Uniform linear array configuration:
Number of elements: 24
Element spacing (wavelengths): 0.25
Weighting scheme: kaiser
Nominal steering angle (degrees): -45
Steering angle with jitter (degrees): -44.806
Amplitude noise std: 0.05
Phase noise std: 0.05

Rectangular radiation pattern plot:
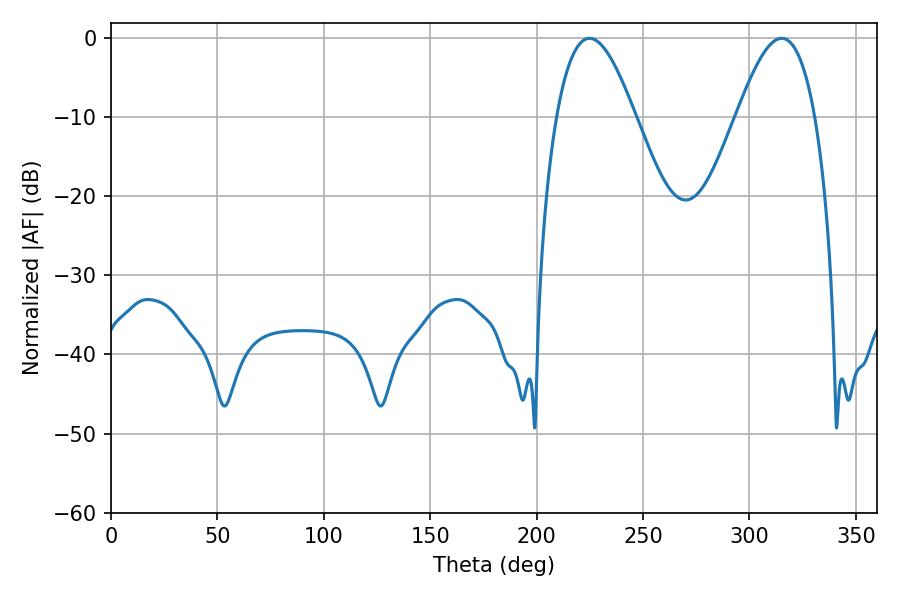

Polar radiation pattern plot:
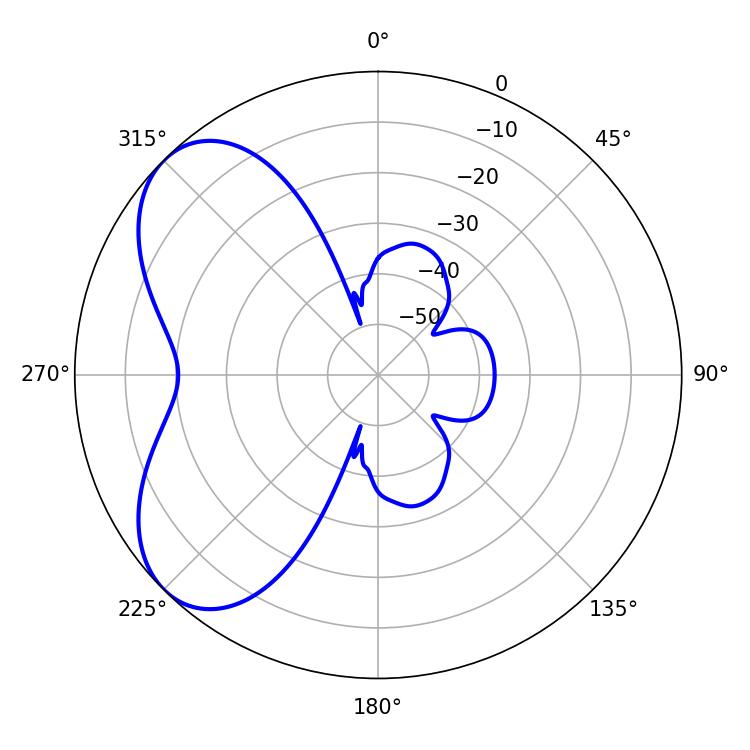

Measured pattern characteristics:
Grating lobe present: FALSE
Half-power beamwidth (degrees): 19.98
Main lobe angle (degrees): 224.82